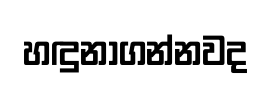
හඳුනාගන්නවද